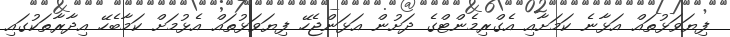
ފިޔަވަޅުތައް އަޅާނެ ކަމަށާއި އެގްރިމެންޓްގެ ދަށުން އަޅަންޖެހޭ ފިޔަވަޅުތައް އެޅުމަށް ކަމާބެހޭ އިދާރާތަކުގައި